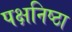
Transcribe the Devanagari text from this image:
पक्षनिष्ठा